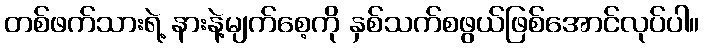
တစ်ဖက်သားရဲ့ နားနဲ့မျက်စေ့ကို နှစ်သက်စဖွယ်ဖြစ်အောင်လုပ်ပါ။